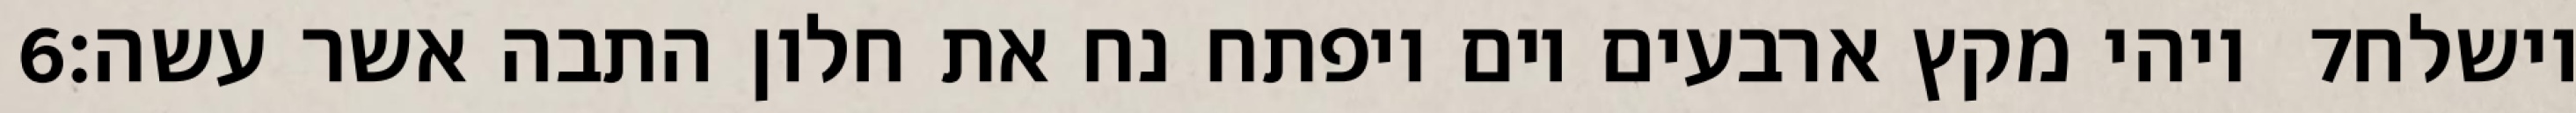
‎6‏ ויהי מקץ ארבעים יום ויפתח נח את חלון התבה אשר עשה׃ ‎7‏ וישלח